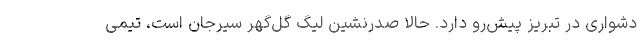
دشواری در تبریز پیش‌رو دارد. حالا صدرنشین لیگ گل‌گهر سیرجان است، تیمی